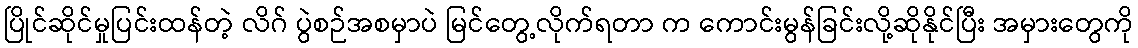
ပြိုင်ဆိုင်မှုပြင်းထန်တဲ့ လိဂ် ပွဲစဉ်အစမှာပဲ မြင်တွေ့လိုက်ရတာ က ကောင်းမွန်ခြင်းလို့ဆိုနိုင်ပြီး အမှားတွေကို